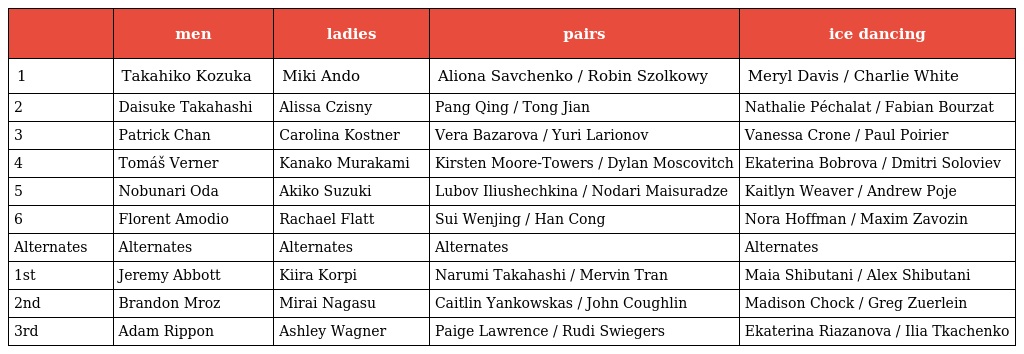
|  | men | ladies | pairs | ice dancing |
 | --- | --- | --- | --- | --- |
 | 1 | Takahiko Kozuka | Miki Ando | Aliona Savchenko / Robin Szolkowy | Meryl Davis / Charlie White |
 | 2 | Daisuke Takahashi | Alissa Czisny | Pang Qing / Tong Jian | Nathalie Péchalat / Fabian Bourzat |
 | 3 | Patrick Chan | Carolina Kostner | Vera Bazarova / Yuri Larionov | Vanessa Crone / Paul Poirier |
 | 4 | Tomáš Verner | Kanako Murakami | Kirsten Moore-Towers / Dylan Moscovitch | Ekaterina Bobrova / Dmitri Soloviev |
 | 5 | Nobunari Oda | Akiko Suzuki | Lubov Iliushechkina / Nodari Maisuradze | Kaitlyn Weaver / Andrew Poje |
 | 6 | Florent Amodio | Rachael Flatt | Sui Wenjing / Han Cong | Nora Hoffman / Maxim Zavozin |
 | Alternates | Alternates | Alternates | Alternates | Alternates |
 | 1st | Jeremy Abbott | Kiira Korpi | Narumi Takahashi / Mervin Tran | Maia Shibutani / Alex Shibutani |
 | 2nd | Brandon Mroz | Mirai Nagasu | Caitlin Yankowskas / John Coughlin | Madison Chock / Greg Zuerlein |
 | 3rd | Adam Rippon | Ashley Wagner | Paige Lawrence / Rudi Swiegers | Ekaterina Riazanova / Ilia Tkachenko |